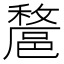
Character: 𨝟